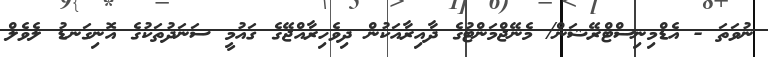
ނުވަތަ - އެޑްމިނިސްޓްރޭޝަން/ މެނޭޖްމަންޓުގެ ދާއިރާއަކުން ދިވެހިރާއްޖޭގެ ޤައުމީ ސަނަދުތަކުގެ އޮނިގަނޑު ލެވެލް